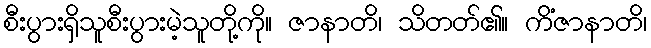
စီးပွားရှိသူစီးပွားမဲ့သူတို့ကို။ ဇာနာတိ၊ သိတတ်၏။ ကိံဇာနာတိ၊